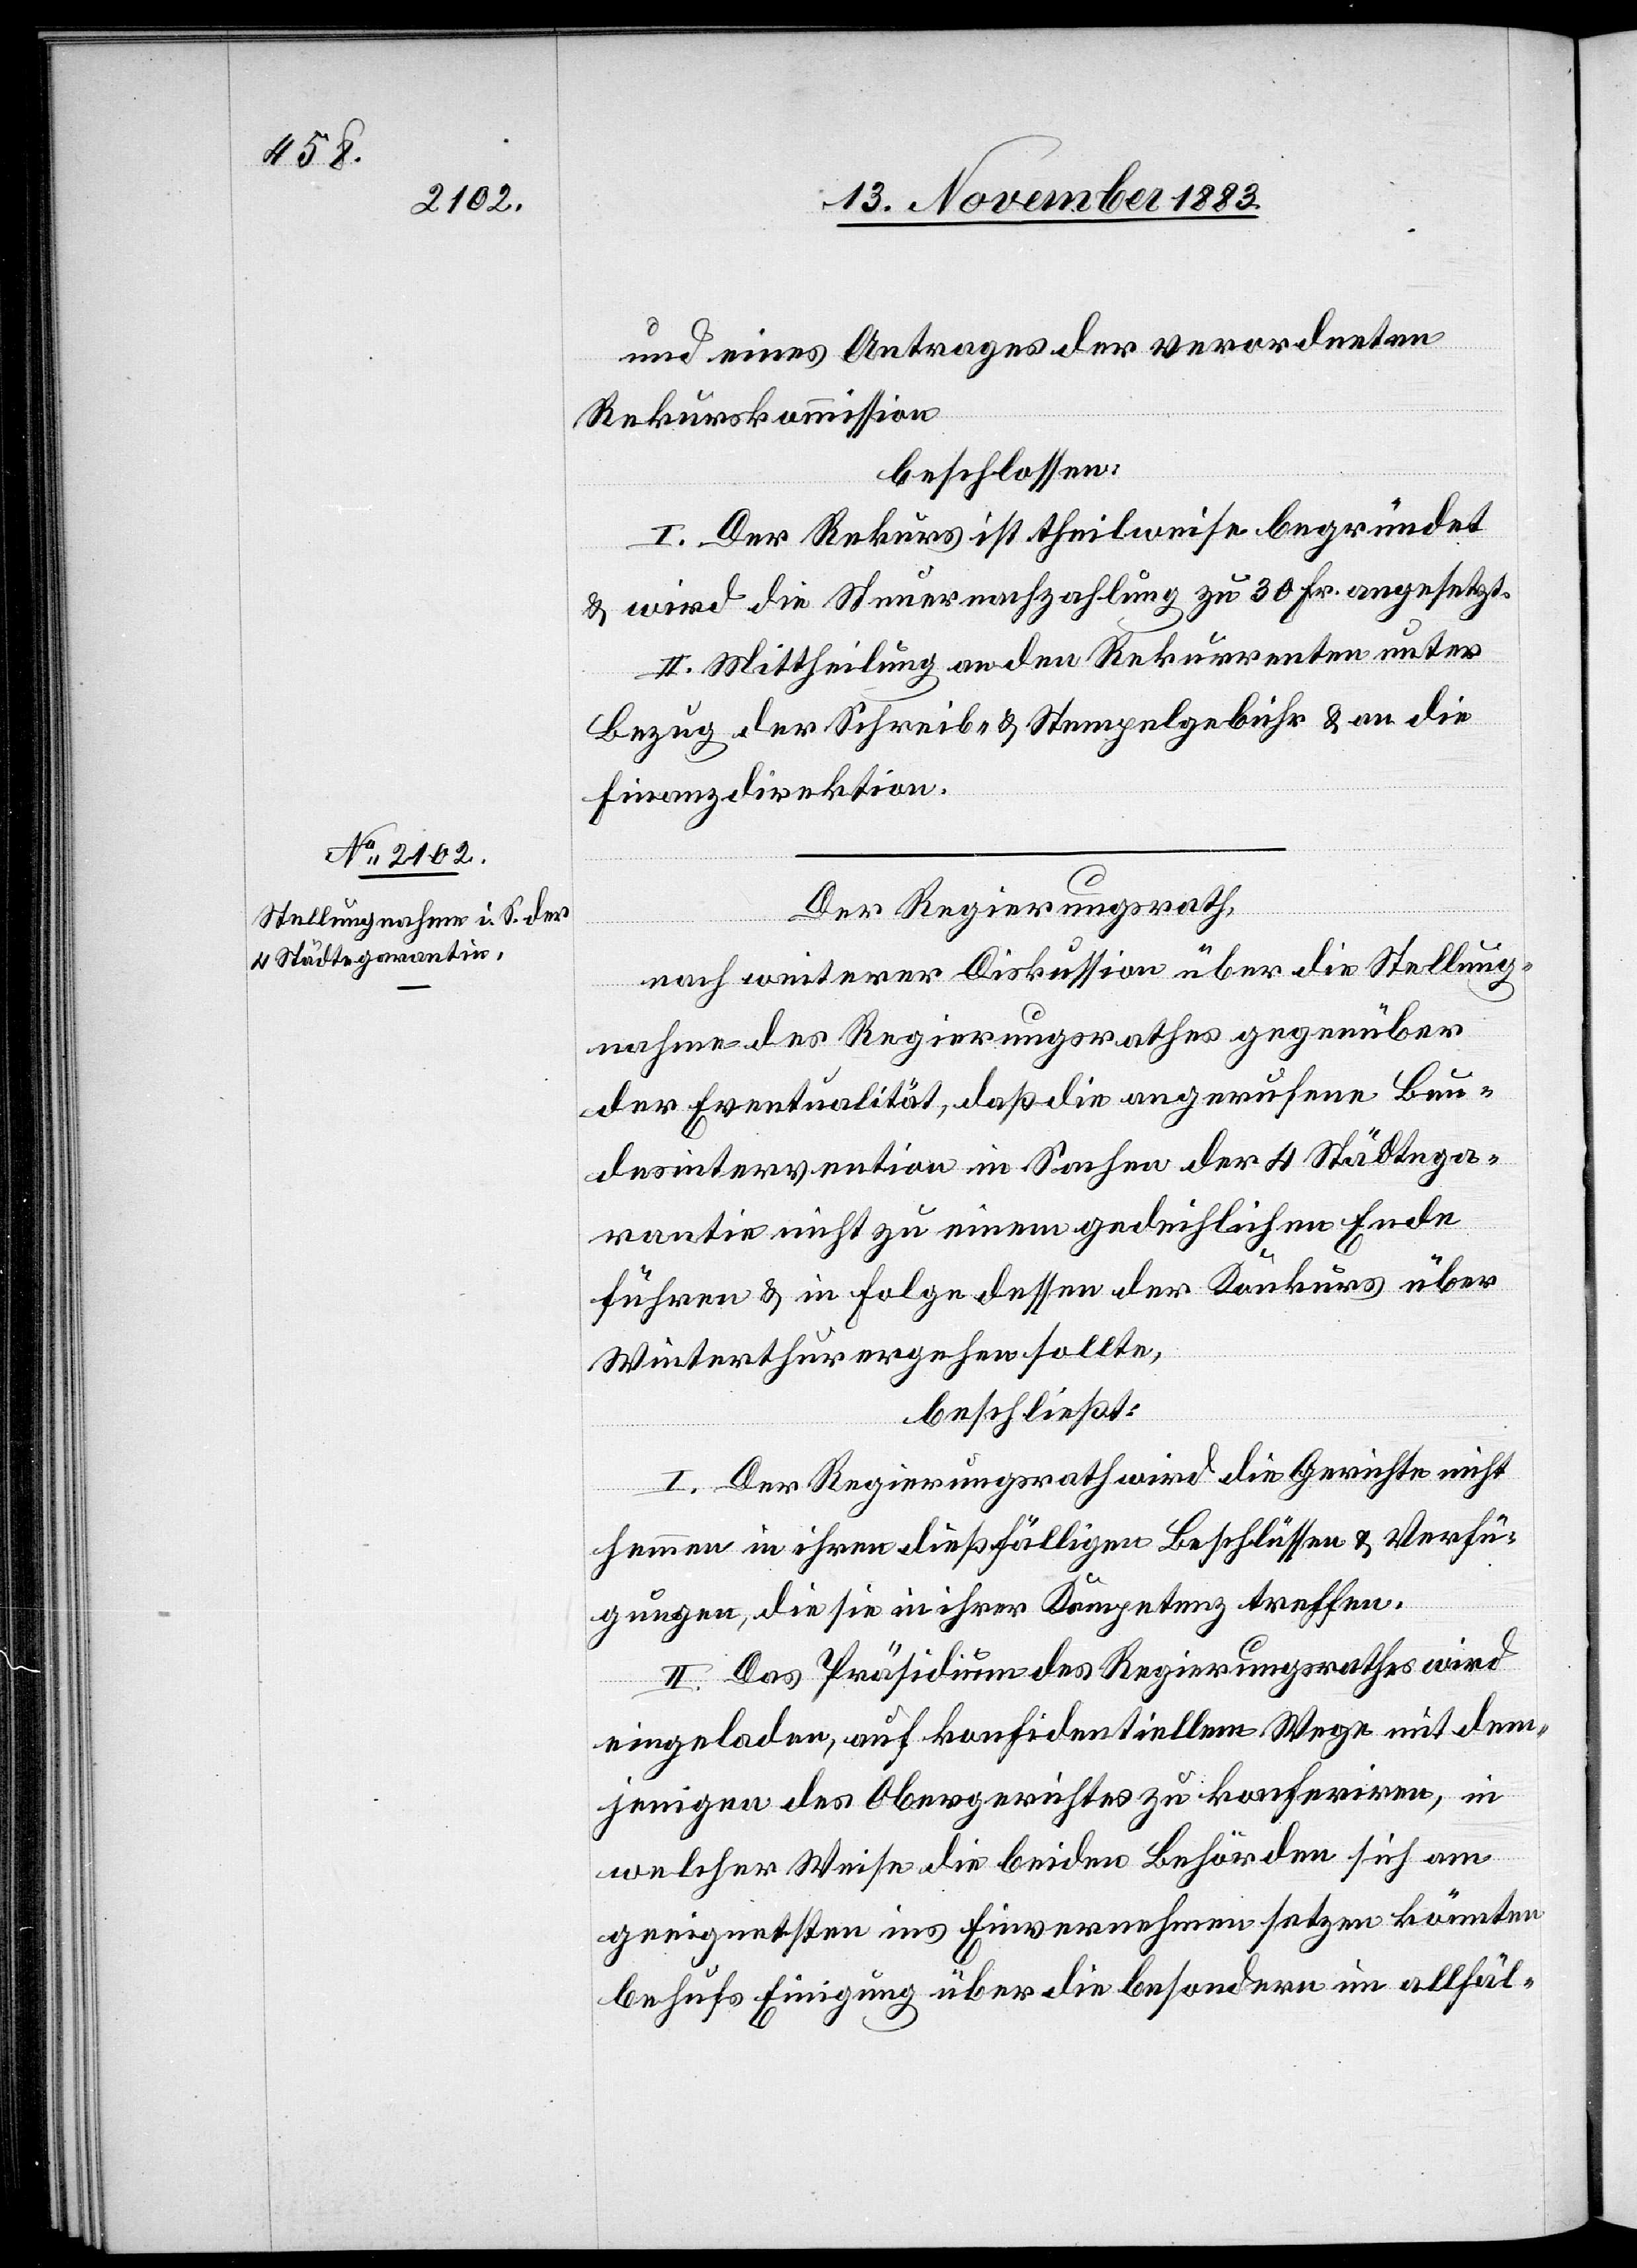
Und eines Antrages der verordneten
Rekurskommission
beschlossen:
I. Der Rekurs ist theilweise begründet
& wird die Steuernachzahlung zu 30 Fr. angesetzt.
II. Mittheilung an den Rekurrenten unter
Bezug der Schreibe- & Stempelgebühr & an die
Finanzdirektion.
Der Regierungsrath,
nach weiterer Diskussion über die Stellung¬
nahme des Regierungsrathes gegenüber
der Eventualität, daß die angerufene Bun¬
desintervention in Sachen der 4 Städtega¬
rantie nicht zu einem gedeichlichen Ende
führen & in Folge dessen der Konkurs über
Winterthur ergehen sollte,
beschließt:
I. Der Regierungsrath wird die Gerichte nicht
hemmen in ihren dießfälligen Beschlüssen & Verfü¬
gungen, die sie in ihrer Kompetenz treffen.
II. Das Präsidium des Regierungsrathes wird
eingeladen, auf konfidentiellem Wege mit dem¬
jenigen des Obergerichtes zu konferiren, in
welcher Weise die beiden Behörden sich am
geeignetsten ins Einvernehmen setzen könnten
behufs Einigung über die besondern im allfäl-